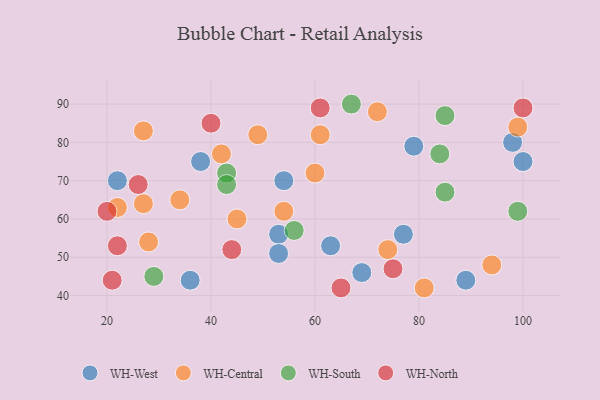
{"axis": {"x": "GDP", "y": "Life Expectancy"}, "legend": ["WH-Central", "WH-North", "WH-South", "WH-West"], "data": [{"x": "77", "y": 56, "type": "WH-West"}, {"x": "53", "y": 56, "type": "WH-West"}, {"x": "22", "y": 70, "type": "WH-West"}, {"x": "98", "y": 80, "type": "WH-West"}, {"x": "36", "y": 44, "type": "WH-West"}, {"x": "69", "y": 46, "type": "WH-West"}, {"x": "63", "y": 53, "type": "WH-West"}, {"x": "79", "y": 79, "type": "WH-West"}, {"x": "54", "y": 70, "type": "WH-West"}, {"x": "53", "y": 51, "type": "WH-West"}, {"x": "38", "y": 75, "type": "WH-West"}, {"x": "100", "y": 75, "type": "WH-West"}, {"x": "89", "y": 44, "type": "WH-West"}, {"x": "99", "y": 84, "type": "WH-Central"}, {"x": "22", "y": 63, "type": "WH-Central"}, {"x": "74", "y": 52, "type": "WH-Central"}, {"x": "34", "y": 65, "type": "WH-Central"}, {"x": "28", "y": 54, "type": "WH-Central"}, {"x": "60", "y": 72, "type": "WH-Central"}, {"x": "94", "y": 48, "type": "WH-Central"}, {"x": "45", "y": 60, "type": "WH-Central"}, {"x": "72", "y": 88, "type": "WH-Central"}, {"x": "27", "y": 64, "type": "WH-Central"}, {"x": "54", "y": 62, "type": "WH-Central"}, {"x": "27", "y": 83, "type": "WH-Central"}, {"x": "81", "y": 42, "type": "WH-Central"}, {"x": "42", "y": 77, "type": "WH-Central"}, {"x": "61", "y": 82, "type": "WH-Central"}, {"x": "49", "y": 82, "type": "WH-Central"}, {"x": "84", "y": 77, "type": "WH-South"}, {"x": "43", "y": 72, "type": "WH-South"}, {"x": "56", "y": 57, "type": "WH-South"}, {"x": "85", "y": 67, "type": "WH-South"}, {"x": "29", "y": 45, "type": "WH-South"}, {"x": "43", "y": 69, "type": "WH-South"}, {"x": "99", "y": 62, "type": "WH-South"}, {"x": "67", "y": 90, "type": "WH-South"}, {"x": "85", "y": 87, "type": "WH-South"}, {"x": "75", "y": 47, "type": "WH-North"}, {"x": "44", "y": 52, "type": "WH-North"}, {"x": "61", "y": 89, "type": "WH-North"}, {"x": "22", "y": 53, "type": "WH-North"}, {"x": "65", "y": 42, "type": "WH-North"}, {"x": "26", "y": 69, "type": "WH-North"}, {"x": "100", "y": 89, "type": "WH-North"}, {"x": "40", "y": 85, "type": "WH-North"}, {"x": "21", "y": 44, "type": "WH-North"}, {"x": "20", "y": 62, "type": "WH-North"}]}